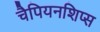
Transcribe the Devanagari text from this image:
चैपियनशिप्स